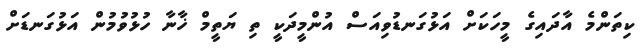
ކިތަންމެ އާދައިގެ މީހަކަށް އަޅުގަނޑުވިއަސް އުންމީދަކީ ތި ޔަތީމް ޚާނާ ހުޅުވުމުން އަޅުގަނޑަށް